Civil Veterinary Department Bihar & Orissa reports 1911-21 - 1911-1921
Year: 1911
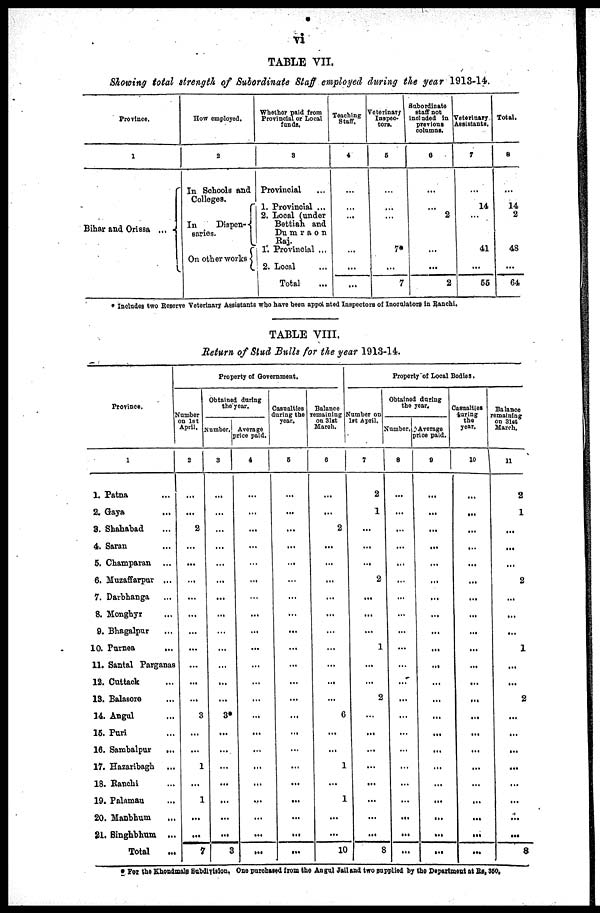
vi
TABLE VII.
Showing total strength of Subordinate Staff employed during the year 1913-14.
Province.
1
Bihar and Orissa ...
How employed.
2
In Schools and
Colleges.
In
Dispen-
saries.
On other works
Whether paid from
Provincial or Local
funds.
8
Provincial ...
1. Provincial ...
2. Local (under
Bettiah and
Dumraon
Raj.
1. Provincial ...
2. Local ...
Total ...
Teaching
Staff.
4
...
...
...
...
...
...
...
Veterinary
Inspec-
tors.
5
...
...
...
7*
...
7
Subordinate
staff not
included in
previous
columns.
6
...
...
2
...
...
2
Veterinary
Assistants.
7
...
14
...
41
...
55
Total.
8
...
14
2
48
...
64
* Includes two Reserve Veterinary Assistants who have been appointed Inspectors of Inoculators in Ranchi.
TABLE VIII,
Return of Stud Bulls for the year 1913-14.
Province.
1
1. Patna ...
2. Gaya ...
3. Shahabad ...
4. Saran ...
5. Champaran ...
6. Muzaffarpur ...
7. Darbhanga ...
8. Monghyr ...
9. Bhagalpur ...
10. Purnea
...
11. Santal Parganas
12. Cuttack ...
13. Balasore ...
14. Angul ...
15. Puri ...
16. Sambalpur
...
17. Hazaribagh ...
18. Ranchi ...
19. Palamau ...
20. Manbhum ...
21. Singhbhum ...
Total ...
Property of Government.
Number
on 1st
April.
2
...
...
2
...
...
...
...
...
...
...
...
...
...
3
...
...
1
...
1
...
...
7
Obtained during
the year.
Number.
3
...
...
...
...
...
...
...
...
...
...
...
...
...
3*
...
...
...
...
...
...
...
3
Average
price paid.
4
...
...
...
...
...
...
...
...
...
...
...
...
...
...
...
...
...
...
...
...
...
...
Casualties
during the
year.
5
...
...
...
...
...
...
...
...
...
...
...
...
...
...
...
...
...
...
...
...
...
...
Balance
remaining
on 31st
March.
6
...
...
2
...
...
...
...
...
...
...
...
...
...
6
...
...
1
...
1
...
...
10
Property of Local Bodies.
Number on
1st April.
7
2
1
...
...
...
2
...
...
...
1
...
...
2
...
...
...
...
...
...
...
...
8
Obtained daring
the year.
Number.
8
...
...
...
...
...
...
...
...
...
...
...
...
...
...
...
...
...
...
...
...
...
...
Average
price paid.
9
...
...
...
...
...
...
...
...
...
...
...
...
...
...
...
...
...
...
...
...
...
...
Casualties
during
the
year.
10
...
...
...
...
...
...
...
...
...
...
...
...
...
...
...
...
...
...
...
...
...
...
Balance
remaining
on 31st
March.
11
2
1
...
...
...
2
...
...
...
1
...
...
2
...
...
...
...
...
...
...
...
8
* For the Khondmals Subdivision. One purchased from the Angul Jail and two supplied by the Department at Rs. 350.